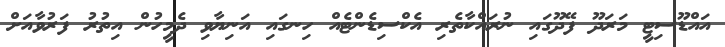
އައްޑޫސިޓީ މަރަދޫ ފޭދޫގައި ނުރައްކާތެރި އެކްސިޑެންޓެއް ހިނގައި އަނިޔާވި ދެމީހުން އިތުރު ފަރުވާއަށް